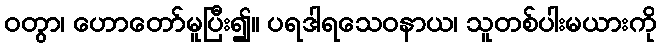
ဝတွာ၊ ဟောတော်မူပြီး၍။ ပရဒါရသေဝနာယ၊ သူတစ်ပါးမယားကို